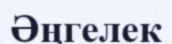
Әңгелек